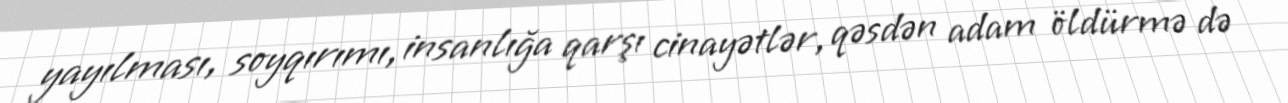
yayılması, soyqırımı, insanlığa qarşı cinayətlər, qəsdən adam öldürmə də